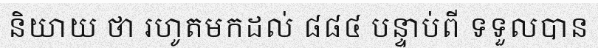
និយាយ ថា រហូតមកដល់ ៨៨៤ បន្ទាប់ពី ទទួលបាន